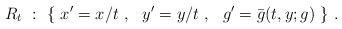
LaTeX: \begin{align*}R_t~:~\{~x^\prime=x/t~,~~y^\prime=y/t~,~~g^\prime=\bar g(t,y;g)~\}~.\end{align*}